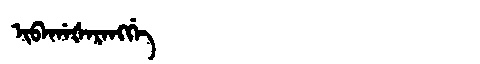
Manchu: ᡳᠪᠠᡤᠠᡧᠠᡵᠠᠩᡤᡝ
Romanization: IBAGAŠARANGGE